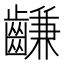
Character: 𪙊